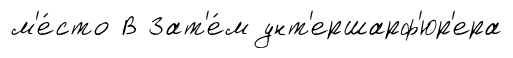
м'е́сто В Зат'е́м унт'ершарф'юр'ера